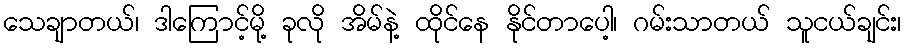
သေချာတယ်၊ ဒါကြောင့်မို့ ခုလို အိမ်နဲ့ ထိုင်နေ နိုင်တာပေါ့၊ ဂမ်းသာတယ် သူငယ်ချင်း၊